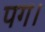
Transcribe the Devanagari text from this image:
पग।